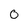
Character: 0